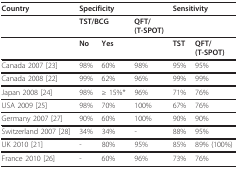
<table><thead><tr><td><b>Country</b></td><td colspan="2"><b>Specificity</b></td><td></td><td colspan="2"><b>Sensitivity</b></td></tr></thead><tbody><tr><td></td><td colspan="2"><b>TST/BCG</b></td><td><b>QFT/</b><b>(T-SPOT)</b></td><td></td><td></td></tr><tr><td></td><td><b>No</b></td><td><b>Yes</b></td><td></td><td><b>TST</b></td><td><b>QFT/</b><b>(T-SPOT)</b></td></tr><tr><td>Canada 2007 [23]</td><td>98%</td><td>60%</td><td>98%</td><td>95%</td><td>95%</td></tr><tr><td>Canada 2008 [22]</td><td>99%</td><td>62%</td><td>96%</td><td>99%</td><td>99%</td></tr><tr><td>Japan 2008 [24]</td><td>98%</td><td>≥ 15%*</td><td>96%</td><td>71%</td><td>76%</td></tr><tr><td>USA 2009 [25]</td><td>98%</td><td>70%</td><td>100%</td><td>67%</td><td>76%</td></tr><tr><td>Germany 2007 [27]</td><td>90%</td><td>60%</td><td>100%</td><td>90%</td><td>90%</td></tr><tr><td>Switzerland 2007 [28]</td><td>34%</td><td>34%</td><td>-</td><td>88%</td><td>95%</td></tr><tr><td>UK 2010 [21]</td><td>-</td><td>80%</td><td>95%</td><td>85%</td><td>89% (100%)</td></tr><tr><td>France 2010 [26]</td><td>-</td><td>60%</td><td>96%</td><td>73%</td><td>76%</td></tr></tbody></table>